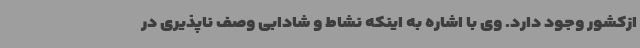
ازکشور وجود دارد. وی با اشاره به اینکه نشاط و شادابی وصف ناپذیری در